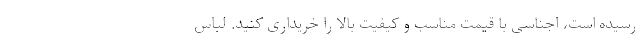
رسیده است، اجناسی با قیمت مناسب و کیفیت بالا را خریداری کنید. لباس